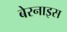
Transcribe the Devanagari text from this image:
बेरनाइस